Tartu_Kolgata_baptistikogudus, lk 8
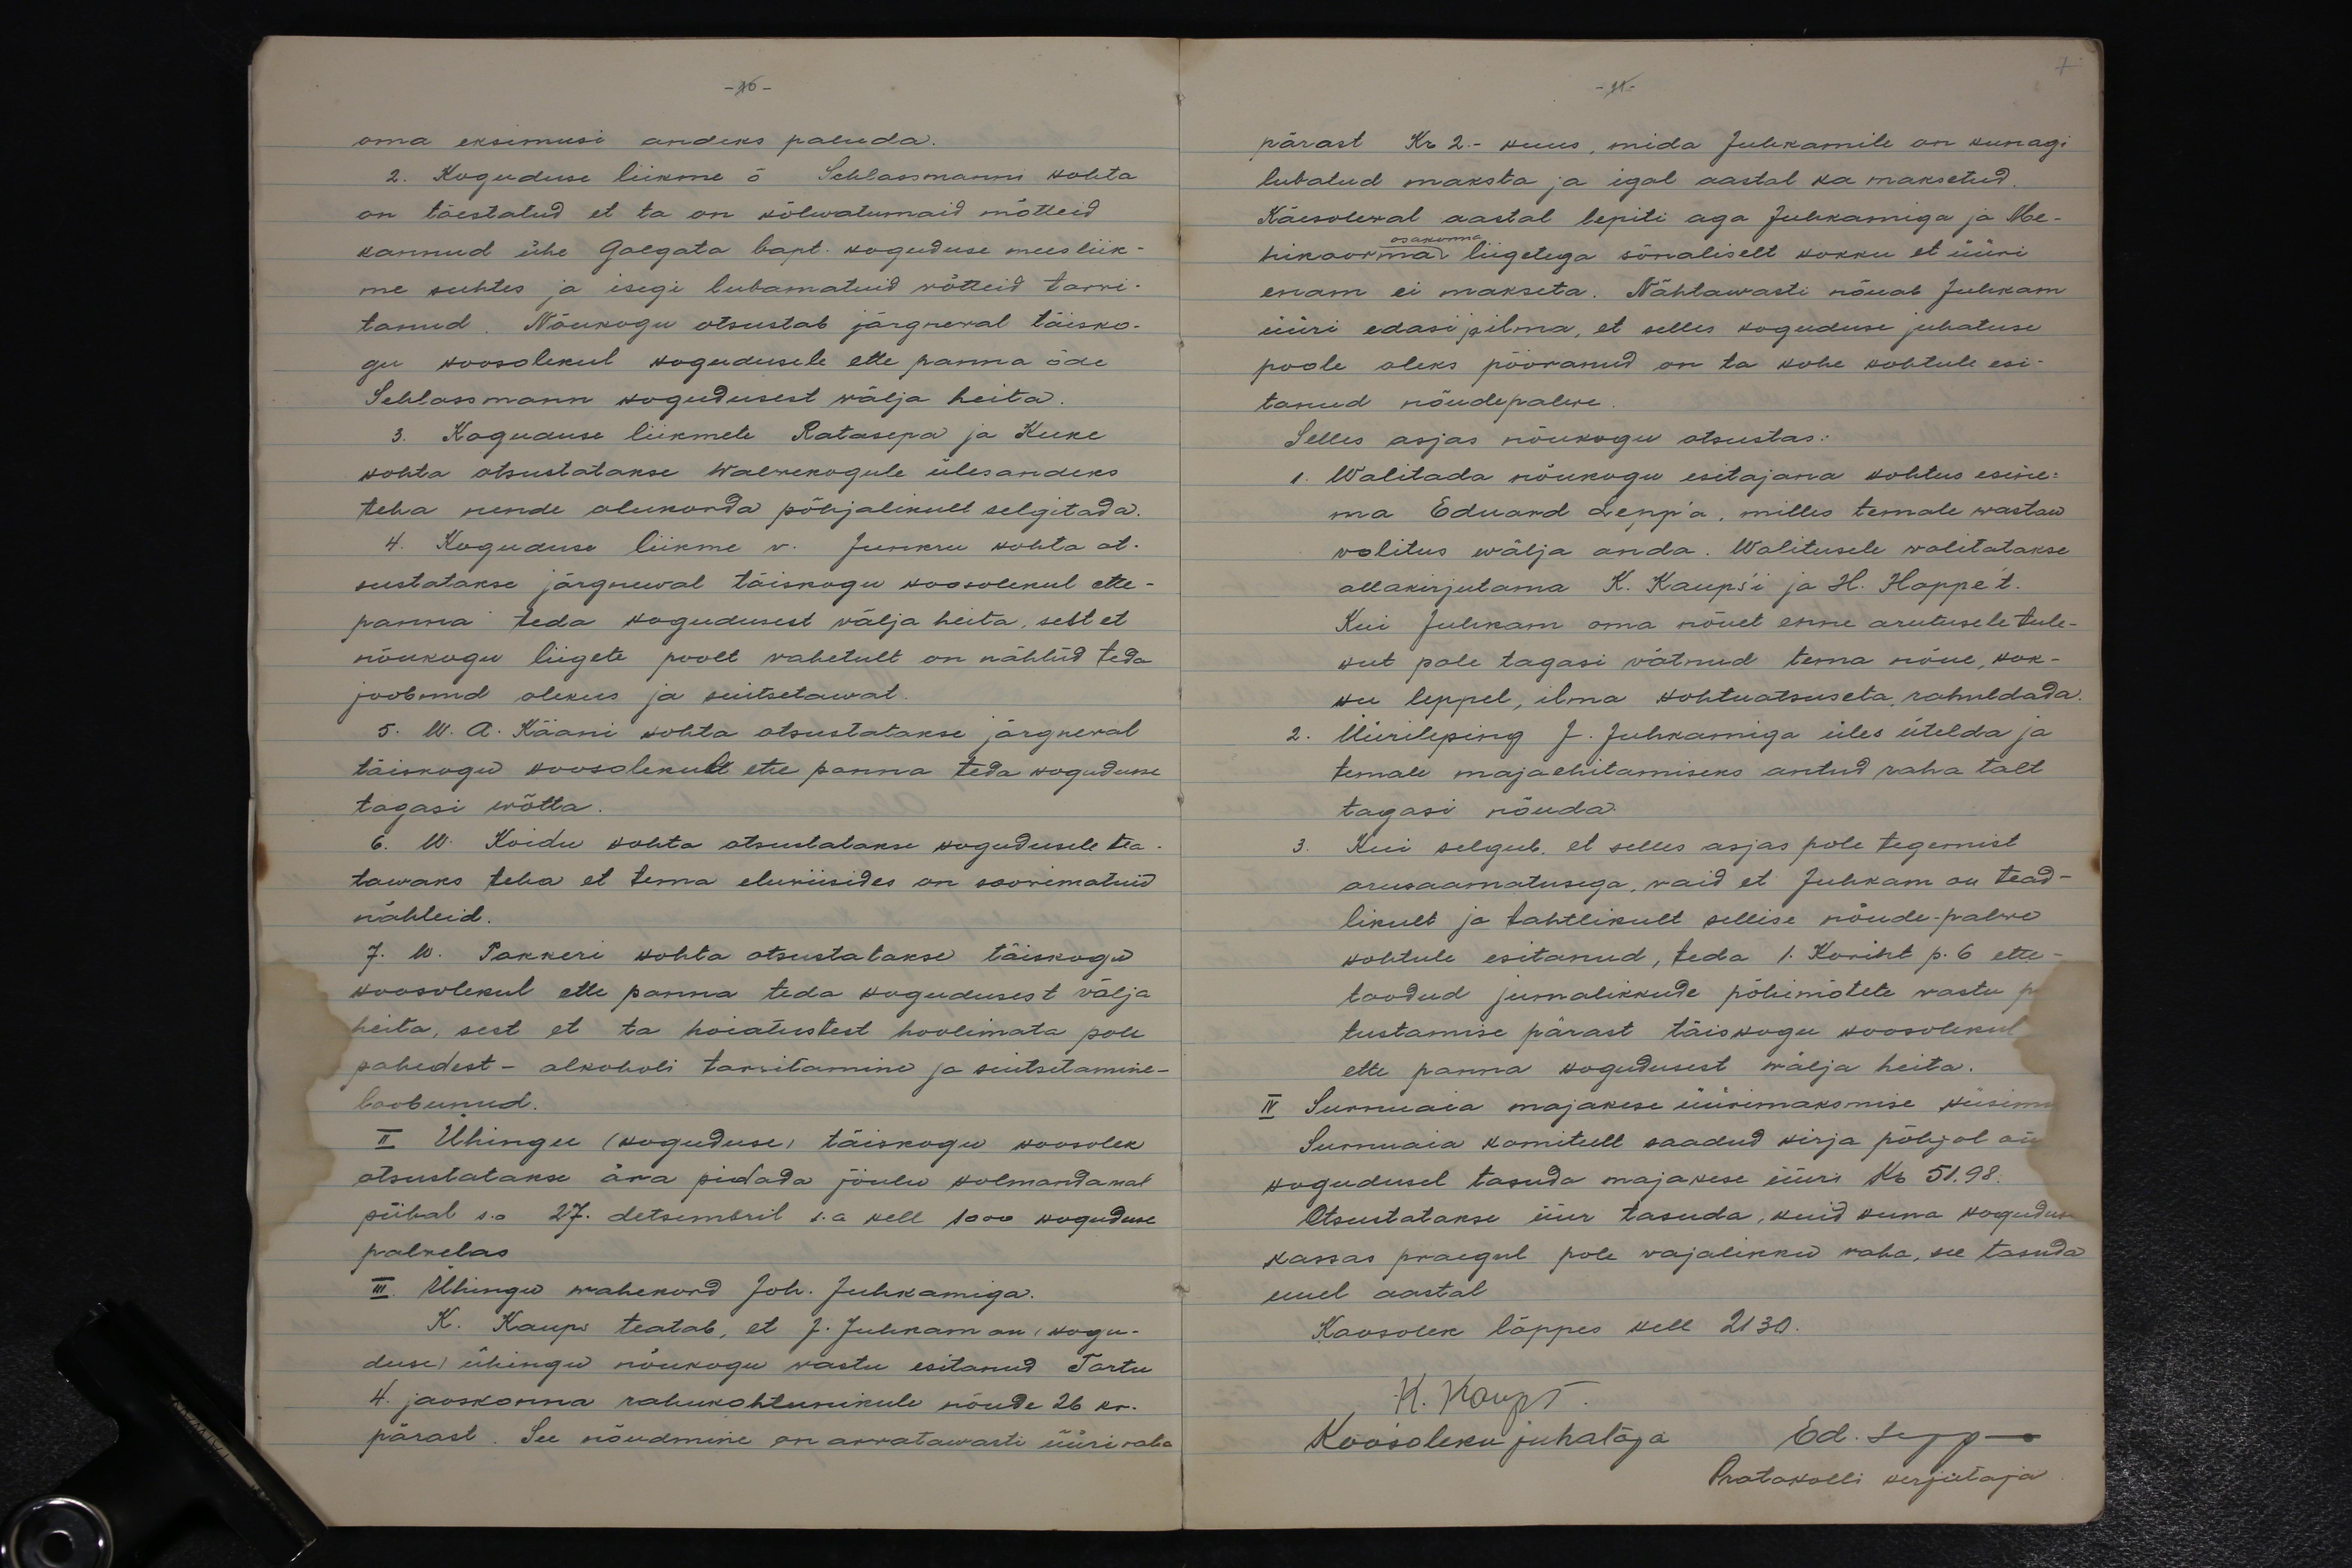
7.

oma eksimusi andeks paluda.
2. Koguduse liikme õe Schlossmanni kohta
on tõestatud et ta on kõlwatumaid mõtteid
kannud ühe Golgata bapt. koguduse meesliik-
me suhtes ja isegi lubamatuid wõtteid tarwi-
tanud. Nõukogu otsustab järgnewal täisko-
gu koosolekul kogudusele ette panna õde
Schlossmann kogudusest wälja heita.
3. Koguduse liikmete Ratasepa ja Kuke
kohta otsustatakse Walwekogule ülesandeks
teha nende olukorda põhjalikult selgitada.
4. Koguduse liikme v. Junkru kohta ot-
sustatakse järgnewal täiskogu koosolekul ette-
panna teda kogudusest välja heita, sest et
nõukogu liigete poolt vahetult on nähtud teda
joobnud olekus ja suitsetawat.
5. W. A. Kääni kohta otsustatakse järgneval
täiskogu koosolekule ette panna teda kogudusse
tagasi wõtta.
6. W. Koidu kohta otsustatakse kogudusele tea-
tawaks teha et tema eluwiisides on soowimatuid
nähteid.
7. W. Pakkeri kohta otsustatakse täiskogu
koosolekul ette panna teda kogudusest välja
heita, sest et ta hoiatusest hoolimata pole
pahedest - alkoholi tarwitamine ja suitsetamine -
loobunud.
II Ühingu (koguduse) täiskogu koosolek
otsustatakse ära pidada jõulu kolmandamal
pühal s.o 27. detsembril s.a kell 1000 koguduse
palvelas.
III. Ühingu wahekord Joh. Juhkamiga.
K. Kaups teatab, et J. Juhkam on (kogu-
duse) ühingu nõukogu wastu esitanud Tartu
4. jaoskonna rahukohtunikule nõude 26 kr.
pärast. See nõudmine on arwatawasti üüri raha

pärast Kr 2.- kuus, mida Juhkamile on kunagi
lubatud maksta ja igal aastal ka maksetud.
Käesoleval aastal lepiti aga Juhkamiga ja Me-
hikoorma osakonna liigetega sõnaliselt kokku et üüri
enam ei makseta. Nähtawasti nõuab Juhkam
üüri edasi ja ilma, et selles koguduse juhatuse
poole oleks pööranud on ta kohe kohtule esi-
tanud nõudepalwe.
Selles asjas nõukogu otsustas:
1. Walitada nõukogu esitajana kohtus esine-
ma Eduard Lepp'a, milles temale wastaw
volitus wälja anda. Walitusele walitatakse
allakirjutama K. Kaupsi ja H. Hoppe't.
Kui Juhkam oma nõuet enne arutusele tule-
kut pole tagasi võtnud tema nõue, kok-
ku leppel, ilma kohtuotsuseta rahuldada.
2. Üürileping J. Juhkamiga üles ütelda ja
temale majaehitamiseks antud raha talt
tagasi nõuda.
3. Kui selgub, et selles asjas pole tegemist
arusaamatusega, vaid et Juhkam on tead-
likult ja tahtlikult sellise nõude-palwe
kohtule esitanud, teda 1. Korint p. 6 ette-
toodud jumalikkude põhimõtete vastu p
tustamise pärast täiskogu koosolekul
ette panna kogudusest wälja heita.
IV Surnuaia majakese üürimaksmise küsimu
Surnuaia komiteelt saadud kirja põhjal on
kogudusel tasuda majakese üüri Kr 51.98.
Otsustatakse üür tasuda, kuid kuna koguduse
kassas praegul pole vajalikku raha, see tasuda
uuel aastal
Koosolek lõppes kell 2130.
K. Kaups
Koosoleku juhataja Ed. Lepp-
Protokolli kirjutaja